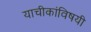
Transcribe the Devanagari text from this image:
याचीकांविषयी